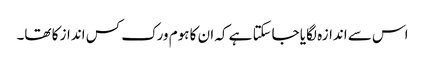
اس سے اندازہ لگایا جاسکتا ہے کہ ان کا ہوم ورک کس انداز کا تھا۔